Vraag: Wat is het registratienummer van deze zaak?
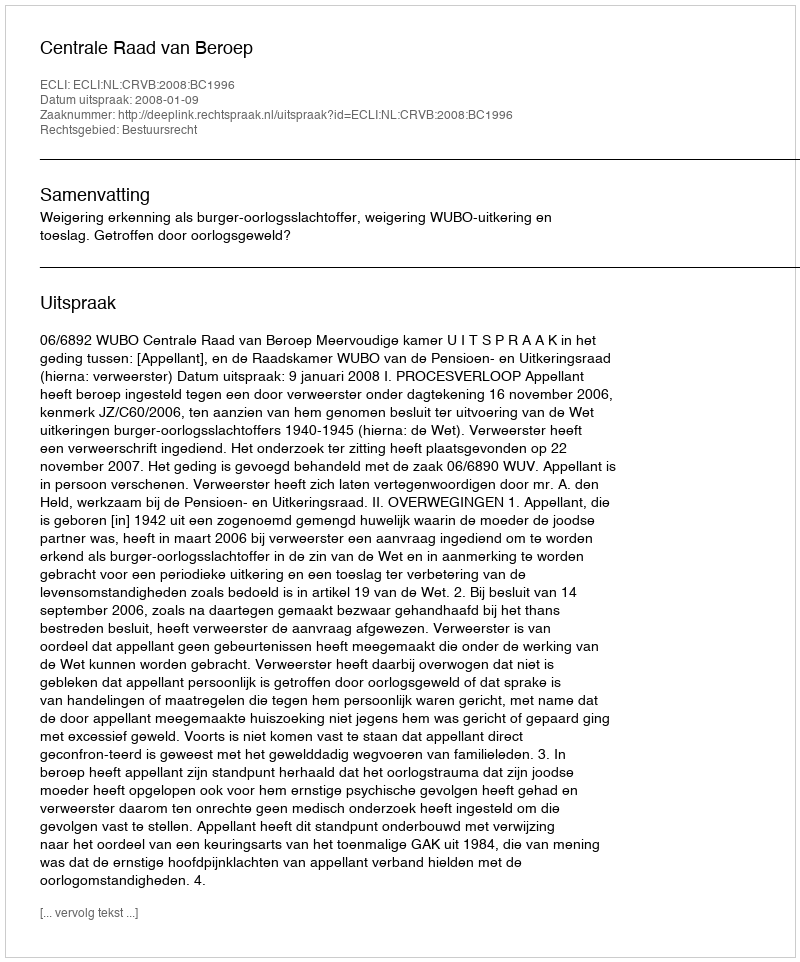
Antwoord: http://deeplink.rechtspraak.nl/uitspraak?id=ECLI:NL:CRVB:2008:BC1996